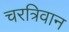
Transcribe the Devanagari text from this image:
चरत्रिवान